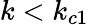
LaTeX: k<k_{c1}